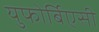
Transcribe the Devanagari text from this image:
युफोर्बिएसी